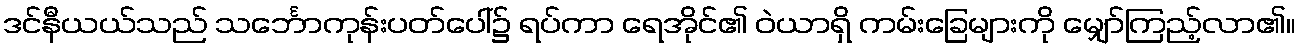
ဒင်နီယယ်သည် သင်္ဘောကုန်းပတ်ပေါ်၌ ရပ်ကာ ရေအိုင်၏ ဝဲယာရှိ ကမ်းခြေများကို မျှော်ကြည့်လာ၏။